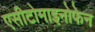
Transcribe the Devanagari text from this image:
एसीटोमाइनोफेन